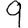
Digit: 9